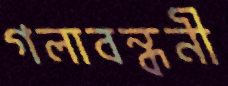
গলাবন্ধনী